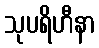
သုပရိဟီနာ